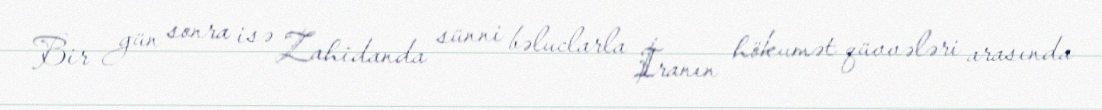
Bir gün sonra isə Zahidanda sünni bəluclarla İranın hökumət qüvvələri arasında